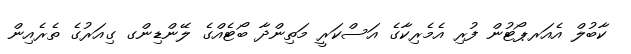
ކާބުލް އެއަރޕޯޓުން ފުރި އެމެރިކާގެ އަސްކަރީ މަތިންދާ ބޯޓެއްގެ ލޭންޑިންގ ގިއަރުގެ ތެރެއިން